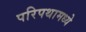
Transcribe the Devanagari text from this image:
परिपथामध्ये